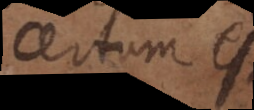
certum